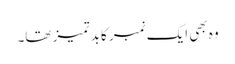
وہ بھی ایک نمبر کا بد تمیز تھا۔